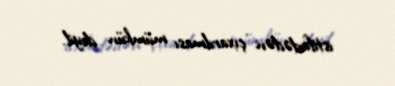
istifadədən çıxarılması mümkün deyil.